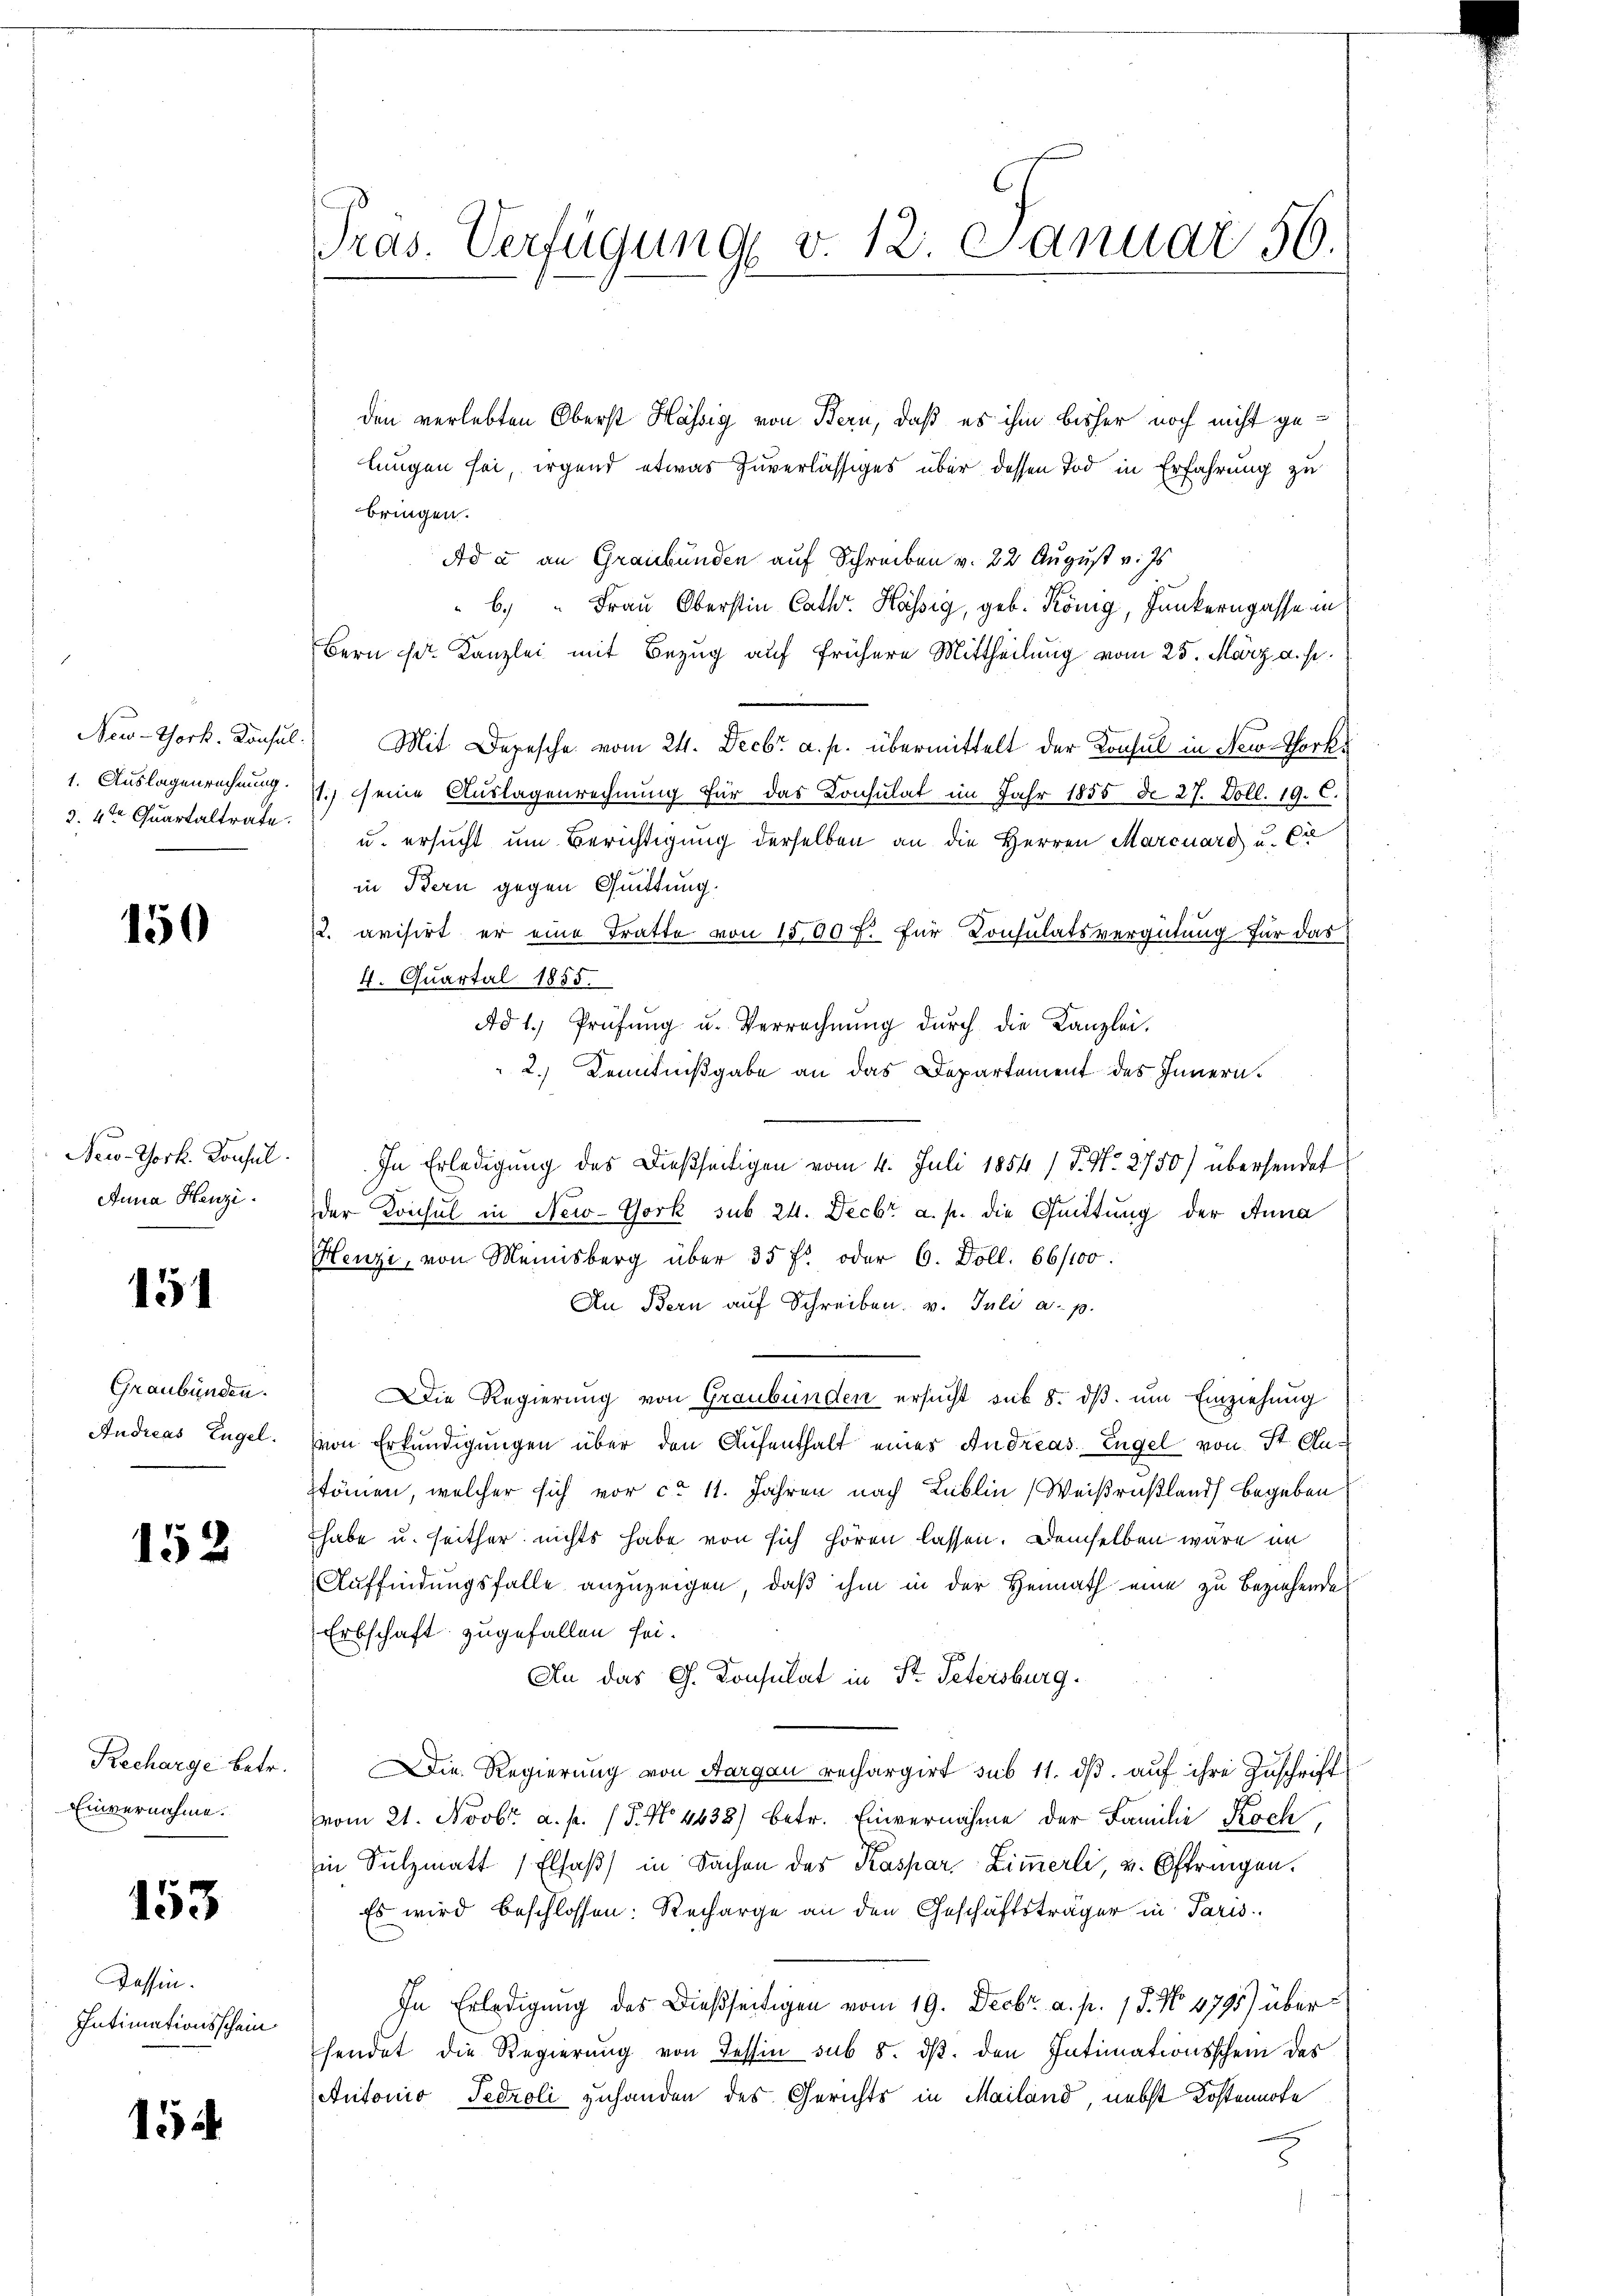
New-York. Konsul
1. Auslagenrechnung.
d. 4ten Quartaltrate.

150

New-York. Konsul
Anna Henzi

151

Graubünden.
Andreas Engel.

152

Recharge betr.
Einvernahme.

153

Tessin.
Intimationsschein

154

Pras. Verfügung v. 12. Januar 56.

den verlebten Oberst Hässig von Bern, daß es ihm bisher noch nicht gelungen sei, irgend etwas Zuverlässiges über dessen Tod in Erfahrung zu
bringen.
Ad a. an Graubünden auf Schreiben v. 22 August v. Js.
b. " Frau Oberstin Cath. Hässig, geb. König, Junkerngasse in
Bern Ed. Kanzlei mit Bezug auf frühere Mittheilung vom 25. März a. p.
Mit Depesche vom 24. Decbr a. p. übermittelt der Konsul in New-Tork¬
11.) seine Auslagenrechnung für das Consulat im Jahr 1855 d. 27. Doll. 19. C.
u. ersucht um Berichtigung derselben an die Herren Marcuard u. Cie
in Bern gegen Quittung.
2. avisirt er eine Tratte von 1500 f. für Consulatsvergütung für das
4. Quartal 1855.
Ad 1. Prüfung u. Verrechnung durch die Kanzlei.
2.) Kenntnißgabe an das Departement des Innern.
In Erledigung des Dießseitigen vom 4. Juli 1854 / P. Nr. 2750) übersendet
der Konsul in New-York sub 24. Decbr a. p. die Quittung der Anna
Henzi, von Meinsberg über 35 fl oder 6. Doll. 66/100.
An Bern auf Schreiben. v. Juli a. p.
Die Regierung von Graubünden ersŭcht sub 8. dβ ŭm Einziehung
von Erkundigungen über den Aufenthalt eines Andreas Engel von St. Austönen, welcher sich vor ca 11. Jahren nach Lublin (Weißrußlands begeben
habe u. seither nichts habe von sich hören lassen. Demselben wäre im
Auffindungsfalle anzuzeigen, daß ihm in der Heimath eine zu beziehende
Erbschaft zugefallen sei.
An das G. Konsulat in Dr. Petersburg.
Die Regierung von Aargau rechargirt sub 11. dß. auf ihre Zuschrift
vom 21. Novbr. a. p. P. No 4633) betr. Einvernahme der Familie Koch,
in Sulzmatt Elsaß in Sachen des Kaspar Zimmerli, v. Oftringen.
Es wird beschlossen: Recharge an den Geschäftsträger in Paris.
In Erledigung des Dießseitigen vom 19. Decbr. a. p. 18. No 1795) übersendet die Regierung von Tessin sub 8. ds. den Intimationsschein des
Antonio Fedroli zuhanden des Gerichts in Mailand, nebst Kostennote